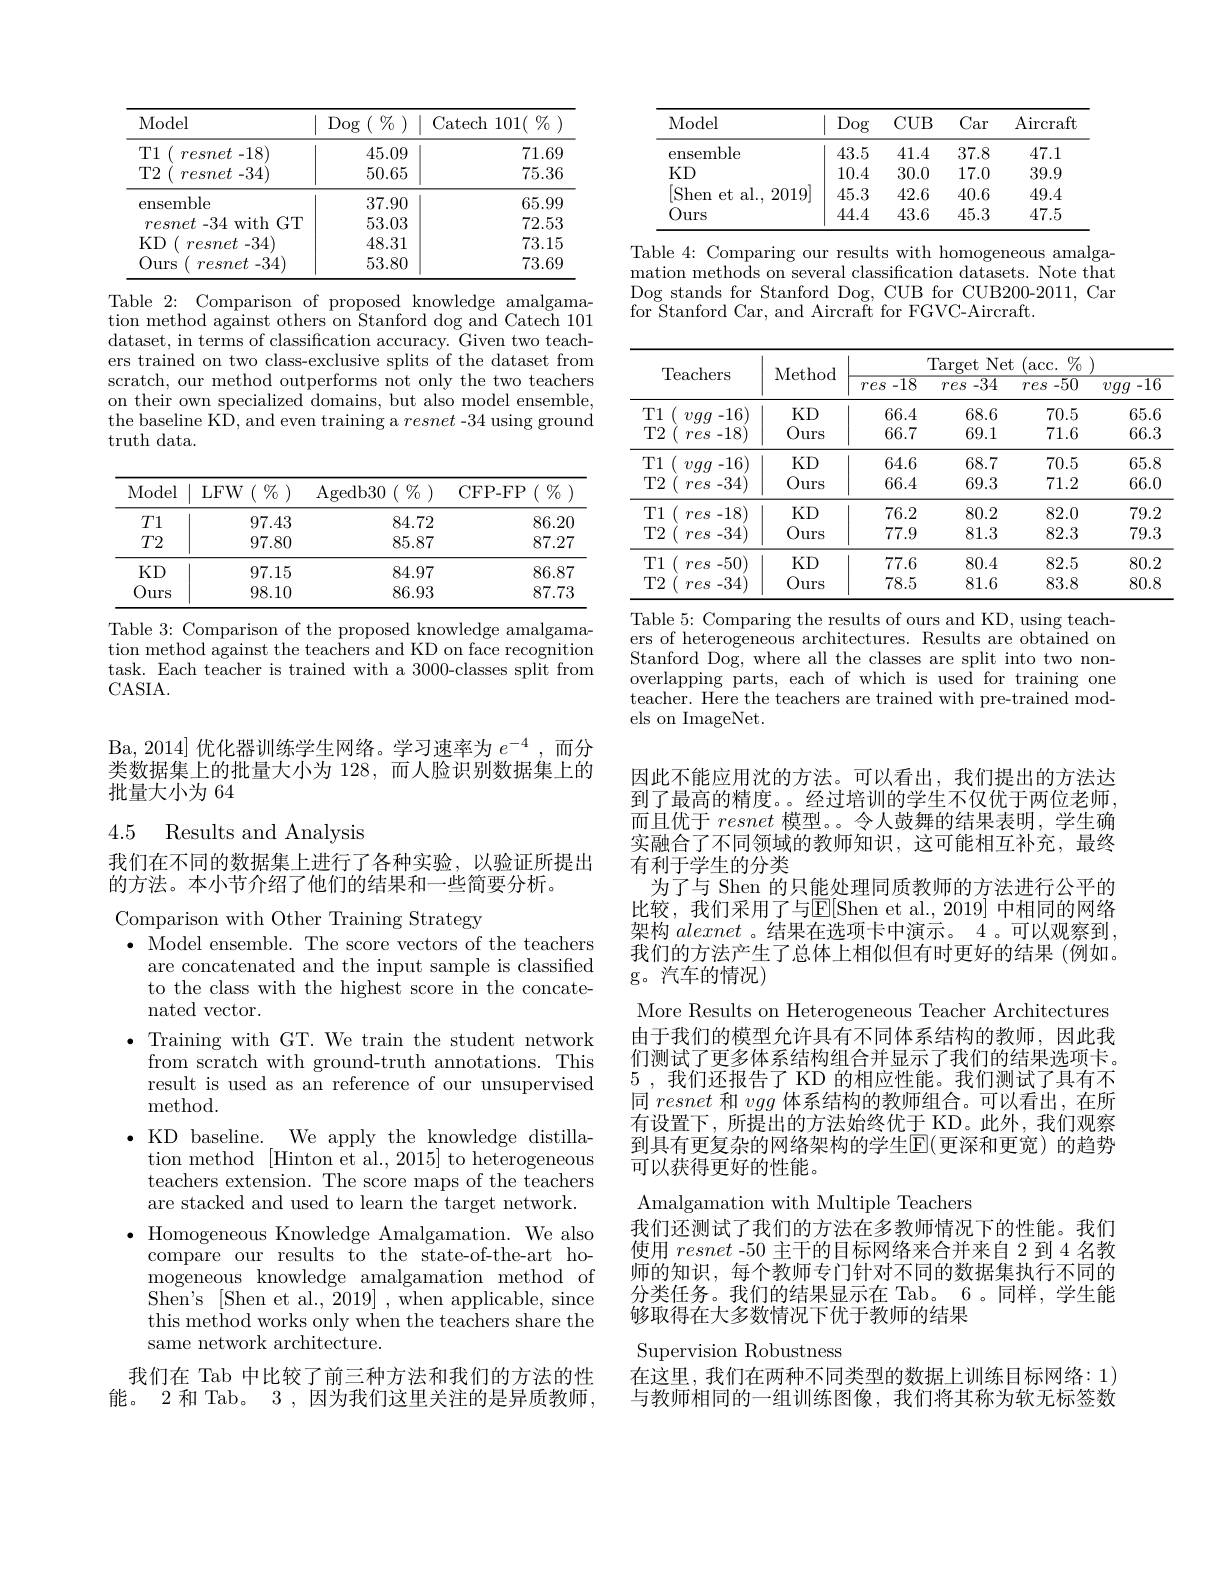
<table>
	<tbody>
		<tr>
			<th>Model</th>
			<th>$\operatorname{Dog}\left(\begin{array}{c}\%\end{array}\right)$</th>
			<th>Catech 1101( $\%$</th>
		</tr>
		<tr>
			<td>T1 $resnet-18)$ 1 1</td>
			<td>45.09</td>
			<td>71.69</td>
		</tr>
		<tr>
			<td>T2 resnet -34)</td>
			<td>50.65</td>
			<td>75.36</td>
		</tr>
		<tr>
			<td>ensemble</td>
			<td>37.90</td>
			<td>65.99</td>
		</tr>
		<tr>
			<td>$resnet~-34~$with GT</td>
			<td>53.03</td>
			<td>72.53</td>
		</tr>
		<tr>
			<td>$KD$ resnet -34</td>
			<td>48.31</td>
			<td>73.15</td>
		</tr>
		<tr>
			<td>Ours resnet -34</td>
			<td>53.80</td>
			<td>73.69</td>
		</tr>
	</tbody>
</table>

Table 2: Comparison of proposed knowledge amalgamation method against others on Stanford dog and Catech 101 dataset, in terms of classification accuracy. Given two teach- ers trained on two class-exclusive splits of the dataset from scratch, our method outperforms not only the two teachers on their own specialized domains, but also model ensemble, the baseline KD, and even training a resnet -34 using ground truth data.

<table>
	<tbody>
		<tr>
			<th>Model</th>
			<th>LFW$( \begin{array} { c } \% \end{array} )$</th>
			<th>CFP- FP $(\begin{array}{c}0/7\\0\end{array})$</th>
		</tr>
		<tr>
			<td>$T1$</td>
			<td>97.43</td>
			<td>86.20</td>
		</tr>
		<tr>
			<td>$T2$</td>
			<td>97.80</td>
			<td>87.27</td>
		</tr>
		<tr>
			<td>KD</td>
			<td>97.15</td>
			<td>86.87</td>
		</tr>
		<tr>
			<td>0 lurs 1</td>
			<td>98.10</td>
			<td>87.73</td>
		</tr>
	</tbody>
</table>
Table 3: Comparison of the proposed knowledge amalgama-

$\hat{\text{tion method against the teachers and KD on face recognition}}$ task. Each teacher is trained with a 3000-classes split from CASIA.

Ba, 2014] 优化器训练学生网络。学习速率为$e^-4$ ,而分类数据集上的批量大小为 128,而人脸识别数据集上的批量大小为 64

### 4.5 Results and Analysis

我们在不同的数据集上进行了各种实验，以验证所提出
的方法。本小节介绍了他们的结果和一些简要分析。

Comparison with Other Training Strategy
$\bullet$ Model ensemble. The score vectors of the teachers
are concatenated and the input sample is classified to the class with the highest score in the concate- ${\mathrm{nated~vector.}}$
,Training with GT. We train the student network from scratch with ground-truth annotations. This result is used as an reference of our unsupervised ${\mathrm{method}}.$
${\mathrm{.~KD~baseline.~We~apply~the~knowledge~distilla-}}$ tion method [Hinton et al., 2015] to heterogeneous teachers extension. The score maps of the teachers are stacked and used to learn the target network. Homogeneous Knowledge Amalgamation. We also compare our results to the state-of-the-art homogeneous knowledge amalgamation method of Shen's [Shen et al., 2019] , when applicable, since this method works only when the teachers share the same network architecture.
我们在 Tab 中比较了前三种方法和我们的方法的性

能。2 和 Tab。3 , 因为我们这里关注的是异质教师

<table>
	<tbody>
		<tr>
			<th>Model</th>
			<th>Dog</th>
			<th>$CUB$</th>
			<th>Car</th>
			<th>$\operatorname{Aircraft}$</th>
		</tr>
		<tr>
			<td>ensemble</td>
			<td>43.5</td>
			<td>41.4</td>
			<td>37.8</td>
			<td>47.1</td>
		</tr>
		<tr>
			<td>KD</td>
			<td>10.4</td>
			<td>30.0</td>
			<td>17.0</td>
			<td>39.9</td>
		</tr>
		<tr>
			<td>[Shen et al., 2019]</td>
			<td>45.3</td>
			<td>42.6</td>
			<td>40.6</td>
			<td>49.4</td>
		</tr>
		<tr>
			<td>Ours</td>
			<td>44.4</td>
			<td>43.6</td>
			<td>45.3</td>
			<td>47.5</td>
		</tr>
	</tbody>
</table>
Table 4: Comparing our results with homogeneous amalga-

mation methods on several classification datasets. Note that Dog stands for Stanford Dog, CUB for CUB200-2011, Car for Stanford Car, and Aircraft for FGVC-Aircraft.

<table>
	<tbody>
		<tr>
			<th rowspan="2">Teachers</th>
			<th rowspan="2">Method</th>
			<th colspan="4">Target Net (acc. $\%)$</th>
		</tr>
		<tr>
			<th>$res-18$</th>
			<th>-34 res</th>
			<th>-50 res</th>
			<th>$vgg-16$</th>
		</tr>
		<tr>
			<td>T1 vgg -16) T2 $res-18)$</td>
			<td>KD Ours</td>
			<td>66.4 66.7</td>
			<td>68.6 69.1</td>
			<td>70.5 71.6</td>
			<td>65.6 66.3</td>
		</tr>
		<tr>
			<td>T1 vgg -16)</td>
			<td>KD</td>
			<td>64.6</td>
			<td>68.7</td>
			<td>70.5</td>
			<td>65.8</td>
		</tr>
		<tr>
			<td>T2 -34 res</td>
			<td>Ours</td>
			<td>66.4</td>
			<td>69.3</td>
			<td>71.2</td>
			<td>66.0</td>
		</tr>
		<tr>
			<td>T1 res . -18)</td>
			<td>KD</td>
			<td>76.2</td>
			<td>80.2</td>
			<td>82.0</td>
			<td>79.2</td>
		</tr>
		<tr>
			<td>T2 -34) res </td>
			<td>Ours</td>
			<td>77.9</td>
			<td>81.3</td>
			<td>82.3</td>
			<td>79.3</td>
		</tr>
		<tr>
			<td>T1 -50) res</td>
			<td>KD</td>
			<td>77.6</td>
			<td>80.4</td>
			<td>82.5</td>
			<td>80.2</td>
		</tr>
		<tr>
			<td>T2 -34 res</td>
			<td>Ours</td>
			<td>78.5</td>
			<td>81.6</td>
			<td>83.8</td>
			<td>80.8</td>
		</tr>
	</tbody>
</table>
Table 5: Comparing the results of ours and KD, using teach-

ers of heterogeneous architectures. Results are obtained on Stanford Dog, where all the classes are split into two nonoverlapping parts, each of which is used for training one teacher. Here the teachers are trained with pre-trained models on ImageNet.

因此不能应用沈的方法。可以看出，我们提出的方法达到了最高的精度。。经过培训的学生不仅优于两位老师而且优于resnet模型。令人鼓舞的结果表明，学生确实融合了不同领域的教师知识，这可能相互补充，最终有利于学生的分类
为了与 Shen 的只能处理同质教师的方法进行公平的比较，我们采用了与$\overline{\mathrm{E}}[$Shen et al.,2019]中相同的网络架构alexnet 。结果在选项卡中演示。4。可以观察到， 我们的方法产生了总体上相似但有时更好的结果(例如。g。汽车的情况)
More Results on Heterogeneous Teacher Architectures 由于我们的模型允许具有不同体系结构的教师，因此我们测试了更多体系结构组合并显示了我们的结果选项卡。5 ,我们还报告了 KD 的相应性能。我们测试了具有不同resnet和vgg体系结构的教师组合。可以看出，在所有设置下，所提出的方法始终优于 KD。此外，我们观察到具有更复杂的网络架构的学生$\operatorname{E}($更深和更宽)的趋势可以获得更好的性能。
Amalgamation with Multiple Teachers
我们还测试了我们的方法在多教师情况下的性能。我们使用resnet -50 主干的目标网络来合并来自 2 到 4 名教师的知识，每个教师专门针对不同的数据集执行不同的分类任务。我们的结果显示在 Tab。6。同样，学生能够取得在大多数情况下优于教师的结果
Supervision Robustness
在这里，我们在两种不同类型的数据上训练目标网络：1) 与教师相同的一组训练图像，我们将其称为软无标签数